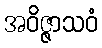
အဝိဇ္ဇာသဝံ